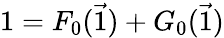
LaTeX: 1=F_{0}(\vec{1})+G_{0}(\vec{1})